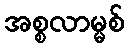
အစ္စလာမ္မစ်